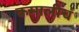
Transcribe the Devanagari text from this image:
कमालीचं